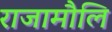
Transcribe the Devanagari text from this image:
राजामौलि